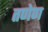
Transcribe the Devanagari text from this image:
तणेण